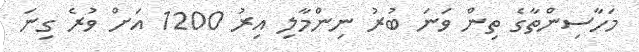
މަހާސިންތާގެ ތިން ވަނަ ބުރު ނިންމާލި އިރު 1200 އަށް ވުރެ ގިނަ